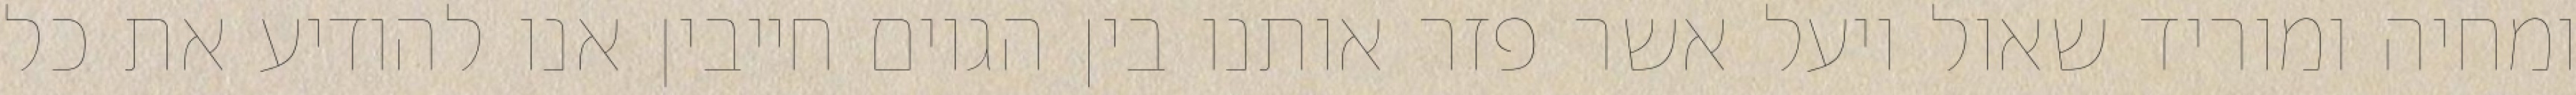
ומחיה ומוריד שאול ויעל אשר פזר אותנו בין הגוים חייבין אנו להודיע את כל